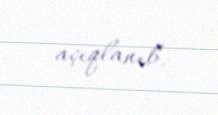
açıqlanıb.